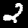
Digit: 2